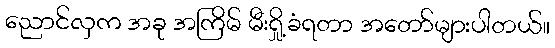
ညောင်လှက အခု အကြိမ် မီးရှို့ခံရတာ အတော်များပါတယ်။